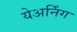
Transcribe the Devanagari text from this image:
येअर्निंग